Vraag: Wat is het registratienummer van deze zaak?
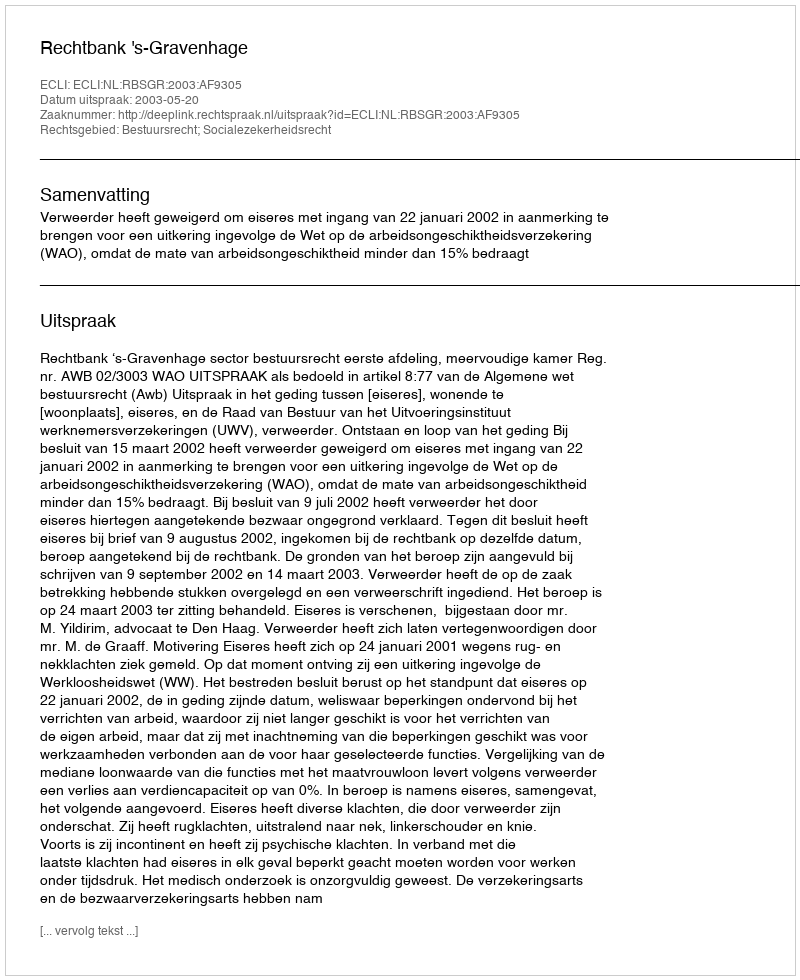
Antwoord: http://deeplink.rechtspraak.nl/uitspraak?id=ECLI:NL:RBSGR:2003:AF9305